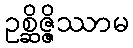
ဥစ္ဆိဇ္ဇိဿာမ